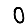
Digit: 0